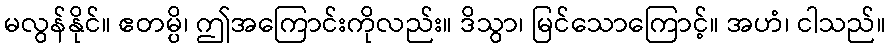
မလွန်နိုင်။ ဧတမ္ပိ၊ ဤအကြောင်းကိုလည်း။ ဒိသွာ၊ မြင်သောကြောင့်။ အဟံ၊ ငါသည်။